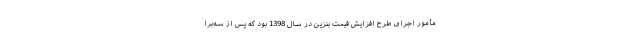
مأمور اجرای طرح افزایش قیمت بنزین در سال 1398 بود که پس از سه‌برا